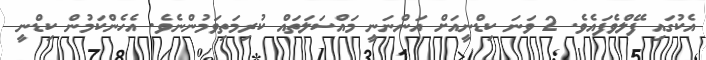
އެކުގައި ފޭލްވެފައެވެ. 2 ވަނަ ކިޑްނީއަށް އަންނަނީ މައްސަލަތައް ކުރިމަތިވަމުންނެވެ. އެހެންކަމުން ކިޑްނީ